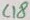
Text: C18